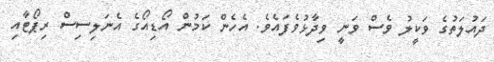
ދައުލަތުގެ ވަކީލު ވެސް ވަނީ ވިދާޅުވެފައެވެ. އެހެން ކަމުން އޯޑިއޯގެ އެނަލިސިސް ރިޕޯޓާއި